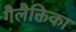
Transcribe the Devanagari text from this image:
गैलैक्तिका